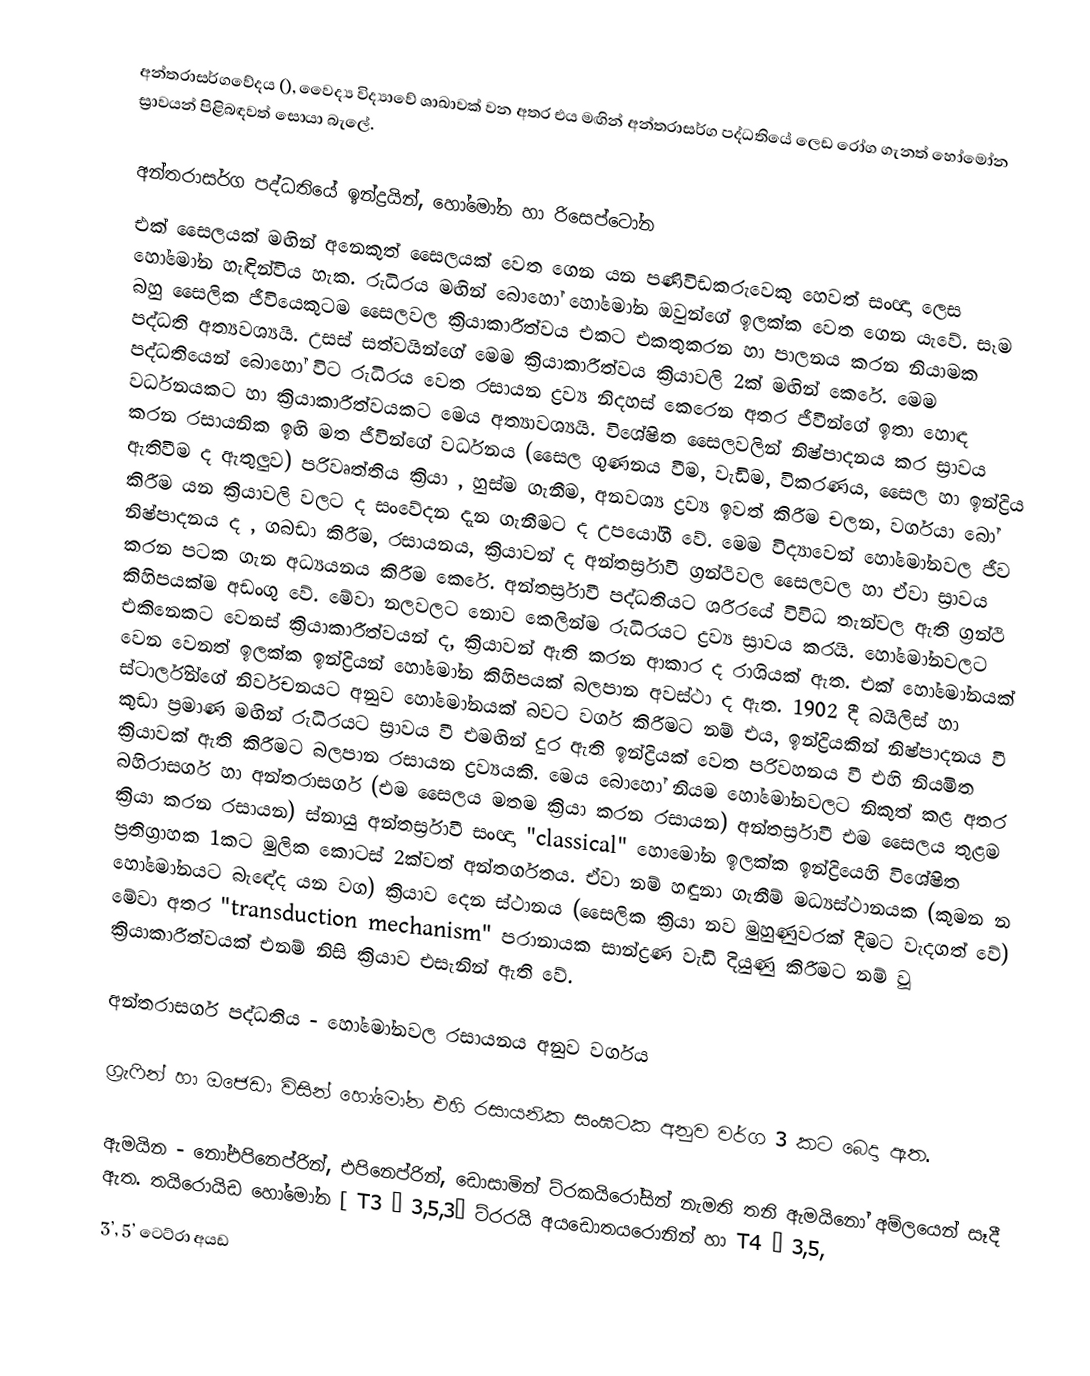
අන්තරාසර්ගවේදය (), වෛද්‍ය විද්‍යාවේ ශාඛාවක් වන අතර එය මඟින් අන්තරාසර්ග පද්ධතියේ ලෙඩ රෝග ගැනත් හෝමෝන ස්‍රාවයන් පිළිබඳවත් සොයා බැලේ.

අන්තරාසර්ග පද්ධතියේ ඉන්ද්‍රයින්, හෝමෝන හා රිසෙප්ටෝන
එක් සෛලයක් මඟින් අනෙකුත් සෛලයක් වෙත ගෙන යන පණිවිඩකරුවෙකු හෙවත් සංඥා ලෙස හෝමෝන හැඳින්විය හැක. රුධිරය මඟින් බොහෝ හෝමෝන ඔවුන්ගේ ඉලක්ක වෙත ගෙන යැවේ. සෑම බහු සෛලික ජීවියෙකුටම සෛලවල ක්‍රියාකාරීත්වය එකට එකතුකරන හා පාලනය කරන නියාමක පද්ධති අත්‍යවශ්‍යයි. උසස් සත්වයින්ගේ මෙම ක්‍රියාකාරීත්වය ක්‍රියාවලි 2ක් මඟින්  කෙරේ.  මෙම පද්ධතියෙන් බොහෝ විට රුධිරය වෙත රසායන ද්‍රව්‍ය නිදහස් කෙරෙන අතර ජීවීන්ගේ ඉතා ‍හොඳ වර්ධනයකට හා ක්‍රියාකාරීත්වයකට මෙය අත්‍යාවශ්‍යයි. විශේෂිත සෛලවලින් නිෂ්පාදනය කර ස්‍රාවය කරන රසායනික ඉඟි මත ජීවින්ගේ වර්ධනය (සෛල ගුණනය වීම, වැඩිම, විකරණය, සෛල හා ඉන්ද්‍රිය ඇතිවීම ද ඇතුලුව) පරිවෘත්තිය ක්‍රියා , හුස්ම ගැනීම, අනවශ්‍ය ද්‍රව්‍ය ඉවත් කිරීම චලන, වර්ගයා බෝ කිරීම යන ක්‍රියාවලි වලට ද සංවේදන දැන ගැනීමට ද උපයෝගී වේ. මෙම විද්‍යාවෙන් හෝමෝනවල ජීව නිෂ්පාදනය ද , ගබඩා කිරීම, රසායනය, ක්‍රියාවන් ද අන්තර්ස්‍රාවී ග්‍රන්ථිවල සෛලවල හා ඒවා ස්‍රාවය කරන පටක ගැන අධ්‍යයනය කිරීම කෙරේ. අන්තර්ස්‍රාවී පද්ධතියට ශරීරයේ විවිධ තැන්වල ඇති ග්‍රන්ථි කිහිපයක්ම අඩංගු වේ. මේවා නලවලට නොව කෙලින්ම රුධිරයට ද්‍රව්‍ය ස්‍රාවය කරයි. හෝමෝනවලට එකිනෙකට වෙනස් ක්‍රියාකාරීත්වයන් ද, ක්‍රියාවන් ඇති කරන ආකාර ද රාශියක් ඇත. එක් හෝමෝනයක් වෙන වෙනත් ඉලක්ක ඉන්ද්‍රියන් හෝමෝන කිහිපයක් බලපාන අවස්ථා ද ඇත. 1902 දී බයිලිස් හා ස්ටාර්ලින්ගේ නිර්වචනයට අනුව හෝමෝනයක් බවට වර්ග කිරීමට නම් එය, ඉන්ද්‍රියකින් නිෂ්පාදනය වී කුඩා ප්‍රමාණ මඟින් රුධිරයට ස්‍රාවය වී එමඟින් දුර ඇති ඉන්ද්‍රියක් වෙත පරිවහනය වී එහි නියමිත ක්‍රියාවක් ඇති කිරීමට බලපාන රසායන ද්‍රව්‍යයකි. මෙය බොහෝ නියම හෝමෝනවලට නිකුත් කළ අතර බහිරාසර්ග හා අන්තරාසර්ග (එම සෛලය මතම ක්‍රියා කරන රසායන) අන්තර්ස්‍රාවී එම සෛලය තුළම ක්‍රියා කරන රසායන) ස්නායු අන්තර්ස්‍රාවී සංඥා "classical" හොමෝන ඉලක්ක ඉන්ද්‍රියෙහි විශේෂිත ප්‍රතිග්‍රාහක 1කට මුලික කොටස් 2ක්වත් අන්තර්ගතය. ඒවා නම් හඳුනා ගැනීම් මධ්‍යස්ථානයක (කුමන න හෝමෝනයට බැඳේද යන වග) ක්‍රියාව දෙන ස්ථානය (සෛලික ක්‍රියා නව මුහුණුවරක් දීමට වැදගත් වේ) මේවා අතර "transduction mechanism" පරානායක සාන්ද්‍රණ වැඩි දියුණු කිරීමට නම් වූ ක්‍රියාකාරීත්වයක් එනම් නිසි ක්‍රියාව එසැනින් ඇති වේ.

අන්තරාසර්ග පද්ධතිය - හෝමෝනවල රසායනය අනුව වර්ගය

ග්‍රැෆින් හා ඔජෙඩා විසින් හෝමෝන එහි රසායනික සංඝටක අනුව වර්ග 3 කට බෙදා ඇත.

ඇමයින - නෝඑපිනෙප්රින්, එපිනෙප්රින්, ඩොසාමින් ට්රකයිරෝසින් නැමති තනි ඇමයිනෝ අම්ලයෙන් සෑදී ඇත. තයිරොයිඩ හෝමෝන [ T3 – 3,5,3’ ට්රරයි අයඩොතයරොනින් හා T4 – 3,5,
3’, 5’ ටෙට්රා අයඩ